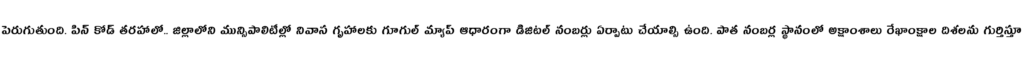
పెరుగుతుంది. పిన్ కోడ్ తరహాలో.. జిల్లాలోని మున్సిపాలిటీల్లో నివాస గృహాలకు గూగుల్ మ్యాప్ ఆధారంగా డిజిటల్ నంబర్లు ఏర్పాటు చేయాల్సి ఉంది. పాత నంబర్ల స్థానంలో అక్షాంశాలు రేఖాంక్షాల దిశలను గుర్తిస్తూ